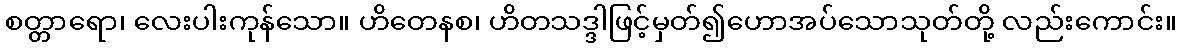
စတ္တာရော၊ လေးပါးကုန်သော။ ဟိတေနစ၊ ဟိတသဒ္ဒါဖြင့်မှတ်၍ဟောအပ်သောသုတ်တို့ လည်းကောင်း။